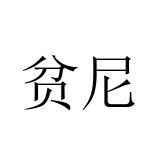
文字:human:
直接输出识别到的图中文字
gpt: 贫尼